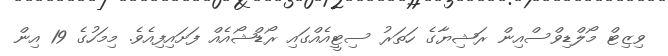
ވިޒިޓް މޯލްޑިވްސްއިން ރަޝިޔާގެ ހަތަރު ސިޓީއެއްގައި ރޯޑްޝޯއެއް ފަށައިފިއެވެ. މިމަހުގެ 19 އިން